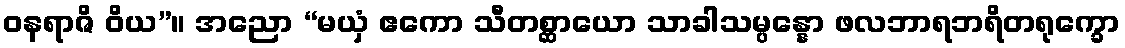
ဝနရာဇိ ဝိယ”။ အညော “မယှံ ဧကော သီတစ္ဆာယော သာခါသမ္ပန္နော ဖလဘာရဘရိတရုက္ခော